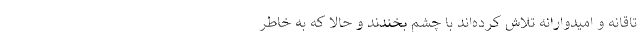
تاقانه و امیدوارانه تلاش کرده‌اند با چشم بخندند و حالا که به خاطر